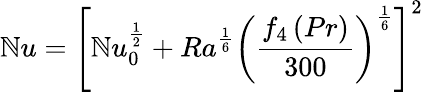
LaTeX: \mathbb{N}u=\left[\mathbb{N}u_{0}^{\frac{{1}}{{2}}}+Ra^{\frac{{1}}{{6}}}\left({\frac{{f_{4}\left(Pr\right)}}{{300}}}\right)^{\frac{{1}}{{6}}}\right]^{2}